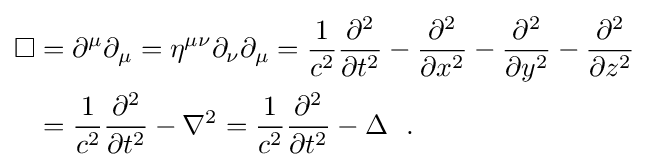
{\begin{aligned}\Box &=\partial ^{\mu }\partial _{\mu }=\eta ^{\mu \nu }\partial _{\nu }\partial _{\mu }={\frac {1}{c^{2}}}{\frac {\partial ^{2}}{\partial t^{2}}}-{\frac {\partial ^{2}}{\partial x^{2}}}-{\frac {\partial ^{2}}{\partial y^{2}}}-{\frac {\partial ^{2}}{\partial z^{2}}}\\&={\frac {1}{c^{2}}}{\partial ^{2} \over \partial t^{2}}-\nabla ^{2}={\frac {1}{c^{2}}}{\partial ^{2} \over \partial t^{2}}-\Delta ~~.\end{aligned}}